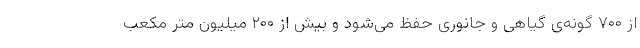
از ۷۰۰ گونه‌ی گیاهی و جانوری حفظ می‌شود و بیش از ۲۰۰ میلیون متر مکعب